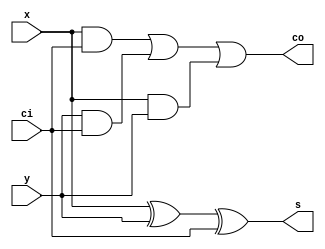
module FA (x, y, ci, s, co);
input x, y, ci;
output s, co;

assign s = x ^ y ^ ci;
assign co = (x & ci) | (y & ci) | (x & y);

endmodule